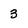
Character: 3